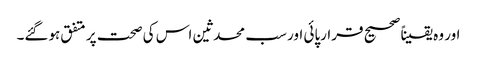
اور وہ یقیناً صحیح قرارپائی اور سب محدثین اس کی صحت پر متفق ہوگئے۔